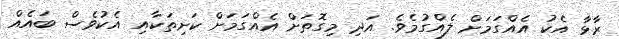
ރާޅާ އެކު އެއްގަމަށް ލެއްގުމެވެ. އަދި މިގޮތަށް އެއްގަމަށް ކަށިތަކާއި އެކުވެސް ބައެއް